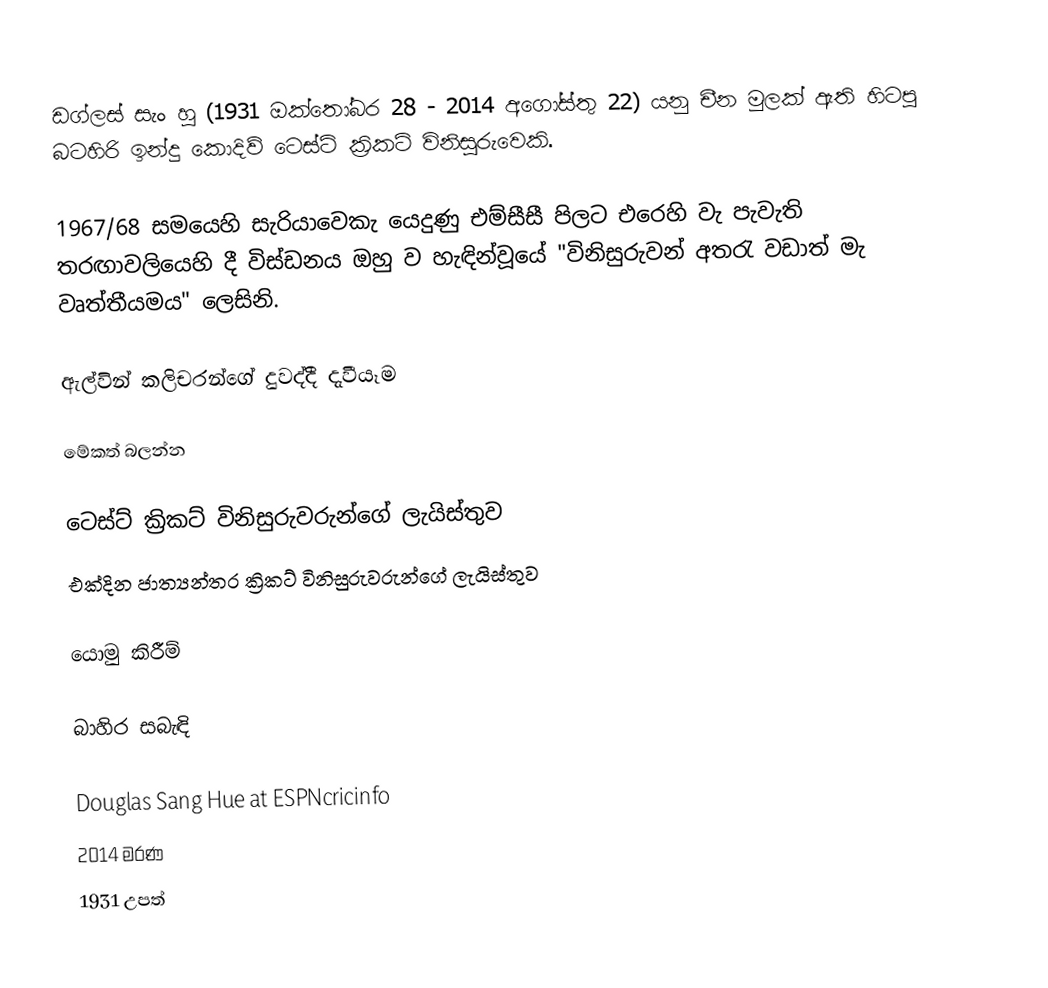
ඩග්ලස් සැං හූ (1931 ඔක්තෝබර 28 - 2014 අගෝස්තු 22) යනු චීන මුලක් ඇති හිටපු බටහිරි ඉන්දු කොදිව් ටෙස්ට් ක්‍රිකට් විනිසුරුවෙකි.

1967/68 සමයෙහි සැරියාවෙකැ යෙදුණු එම්සීසී පිලට එරෙහි වැ පැවැති තරඟාවලියෙහි දී විස්ඩනය ඔහු ව හැඳින්වූයේ "විනිසුරුවන් අතරැ වඩාත් මැ වෘත්තීයමය" ලෙසිනි.

ඇල්වින් කලිචරන්ගේ දුවද්දී දැවීයෑම

මේකත් බලන්න

 ටෙස්ට් ක්‍රිකට් විනිසුරුවරුන්ගේ ලැයිස්තුව
 එක්දින ජාත්‍යන්තර ක්‍රිකට් විනිසුරුවරුන්ගේ ලැයිස්තුව

යොමු කිරීම්

බාහිර සබැඳි

 Douglas Sang Hue at ESPNcricinfo
2014 මරණ
1931 උපත්